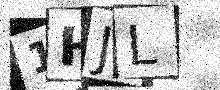
Text: 1HJL